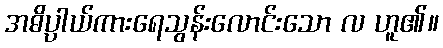
အဓိပ္ပါယ်ကားရေသွန်းလောင်းသော လ ဟူ၏။